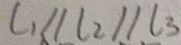
l _ { 1 } / / l _ { 2 } / / l _ { 3 }